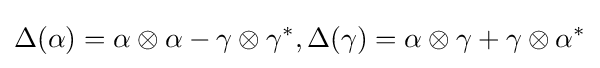
\Delta (\alpha )=\alpha \otimes \alpha -\gamma \otimes \gamma ^{*},\Delta (\gamma )=\alpha \otimes \gamma +\gamma \otimes \alpha ^{*}